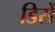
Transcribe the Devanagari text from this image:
डिसें